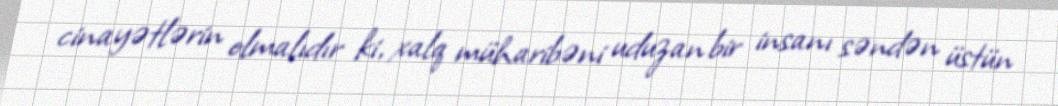
cinayətlərin olmalıdır ki, xalq müharibəni uduzan bir insanı səndən üstün